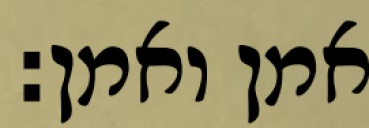
אמן ואמן: